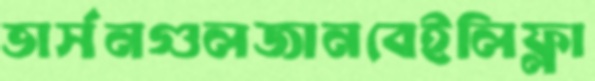
ভার্সনগুলজানবেইলিফ্লা